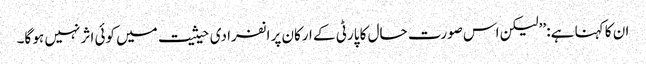
ان کا کہنا ہے: ’’لیکن اس صورت حال کا پارٹی کے ارکان پر انفرادی حیثیت میں کوئی اثر نہیں ہو گا۔